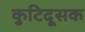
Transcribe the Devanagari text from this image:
कुटिदूसक